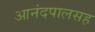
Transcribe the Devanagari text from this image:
आनंदपालसह